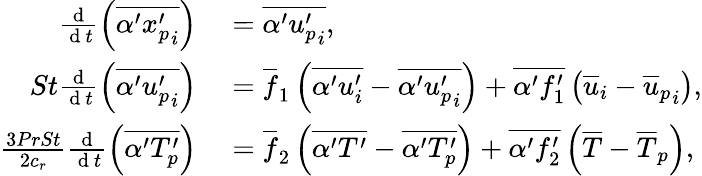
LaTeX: \begin{array}{rl}{\frac{\mathrm{~d~}}{\mathrm{~d~}t}\left(\overline{{\alpha^{\prime}{x_{p}^{\prime}}_{i}}}\right)}&{{}=\overline{{\alpha^{\prime}{u_{p}^{\prime}}_{i}}},}\\ {St\frac{\mathrm{~d~}}{\mathrm{~d~}t}\left(\overline{{\alpha^{\prime}{u_{p}^{\prime}}_{i}}}\right)}&{{}=\overline{{f}}_{1}\left(\overline{{\alpha^{\prime}u_{i}^{\prime}}}-\overline{{\alpha^{\prime}{u_{p}^{\prime}}_{i}}}\right)+\overline{{\alpha^{\prime}f_{1}^{\prime}}}\left(\overline{{u}}_{i}-{\overline{{u}}_{p}}_{i}\right),}\\ {\frac{3PrSt}{2c_{r}}\frac{\mathrm{~d~}}{\mathrm{~d~}t}\left(\overline{{\alpha^{\prime}{T_{p}^{\prime}}}}\right)}&{{}=\overline{{f}}_{2}\left(\overline{{\alpha^{\prime}T^{\prime}}}-\overline{{\alpha^{\prime}{T_{p}^{\prime}}}}\right)+\overline{{\alpha^{\prime}f_{2}^{\prime}}}\left(\overline{{T}}-{\overline{{T}}_{p}}\right),}\end{array}